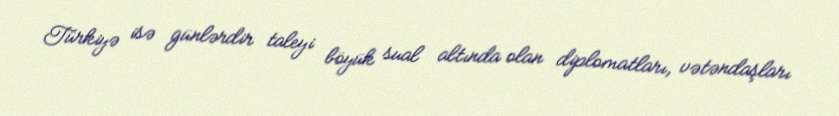
Türkiyə isə günlərdir taleyi böyük sual altında olan diplomatları, vətəndaşları